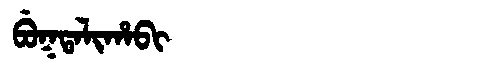
Manchu: ᠪᡠᡴᡨᠠᠯᡳᡥᠠᠪᡳ
Romanization: BUKTALIHABI